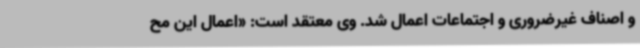
و اصناف غیرضروری و اجتماعات اعمال شد. وی معتقد است: «اعمال این مح